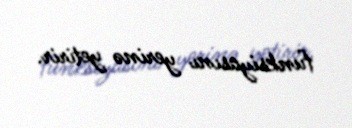
funksiyasını yerinə yetirir.